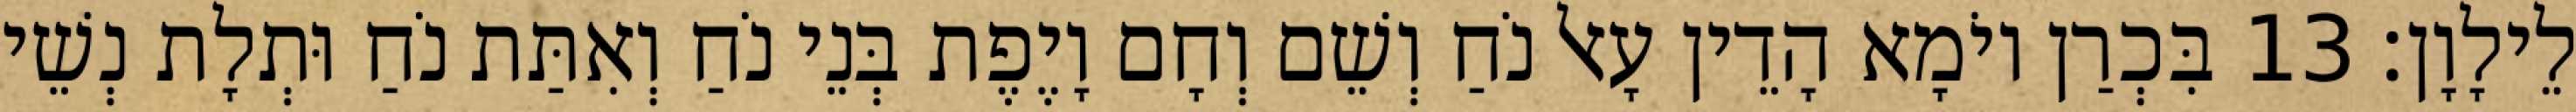
לֵילָוָן׃ 13 בִּכְרַן יוֹמָא הָדֵין עָאל נֹחַ וְשֵׁם וְחָם וָיֶפֶת בְּנֵי נֹחַ וְאִתַּת נֹחַ וּתְלָת נְשֵׁי